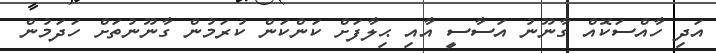
އަދި ހާއްސަކޮއް ގާނޫނު އަސާސީ އާއި ޙިލާފަށް ކަންކަން ކުރަމުން ގާނޫނުތަށް ހަދަމުން